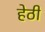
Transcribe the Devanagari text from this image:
हेठी